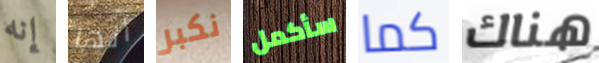
إنه أنها نكبر سأكمل كما هناك